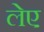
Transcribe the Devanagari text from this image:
लेए